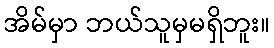
အိမ်မှာ ဘယ်သူမှမရှိဘူး။